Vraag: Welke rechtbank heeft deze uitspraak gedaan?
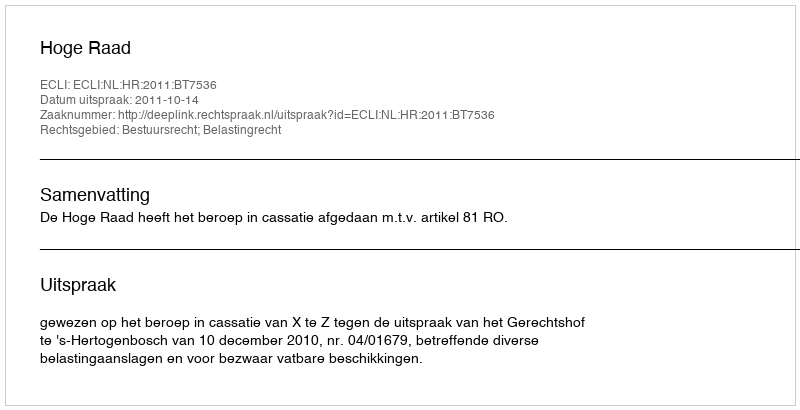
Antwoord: Hoge Raad